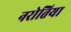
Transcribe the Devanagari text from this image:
नरोतिया